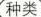
种类